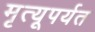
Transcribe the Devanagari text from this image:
मृत्यूपर्यत